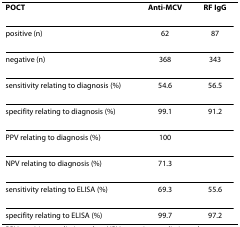
<table><thead><tr><td><b>POCT</b></td><td><b>Anti-MCV</b></td><td><b>RF IgG</b></td></tr></thead><tbody><tr><td>positive (n)</td><td>62</td><td>87</td></tr><tr><td>negative (n)</td><td>368</td><td>343</td></tr><tr><td>sensitivity relating to diagnosis (%)</td><td>54.6</td><td>56.5</td></tr><tr><td>specifity relating to diagnosis (%)</td><td>99.1</td><td>91.2</td></tr><tr><td>PPV relating to diagnosis (%)</td><td>100</td><td></td></tr><tr><td>NPV relating to diagnosis (%)</td><td>71.3</td><td></td></tr><tr><td>sensitivity relating to ELISA (%)</td><td>69.3</td><td>55.6</td></tr><tr><td>specifity relating to ELISA (%)</td><td>99.7</td><td>97.2</td></tr></tbody></table>